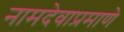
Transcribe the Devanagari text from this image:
नामदेवाप्रमाणे